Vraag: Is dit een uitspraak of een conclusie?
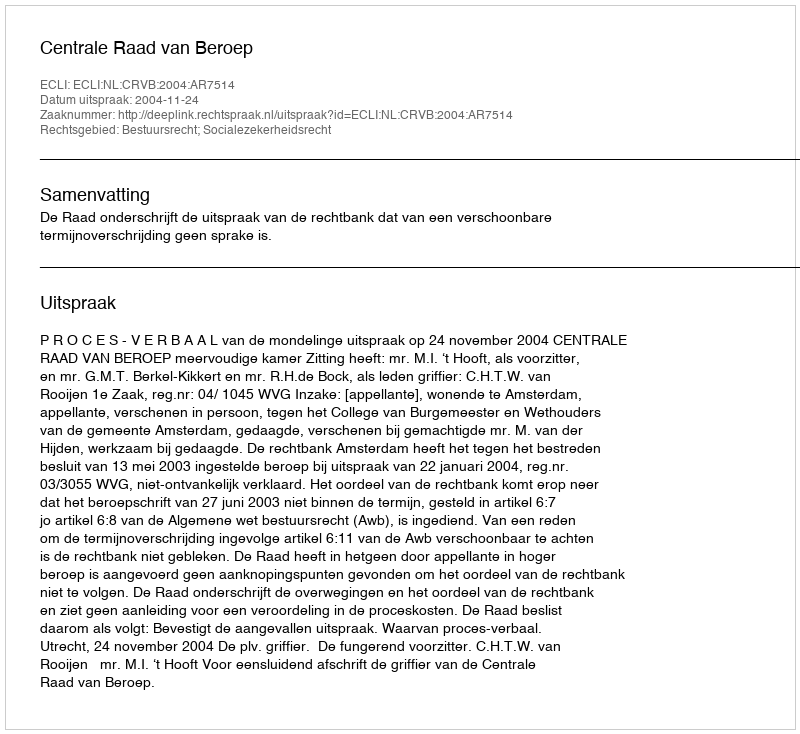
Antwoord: Uitspraak